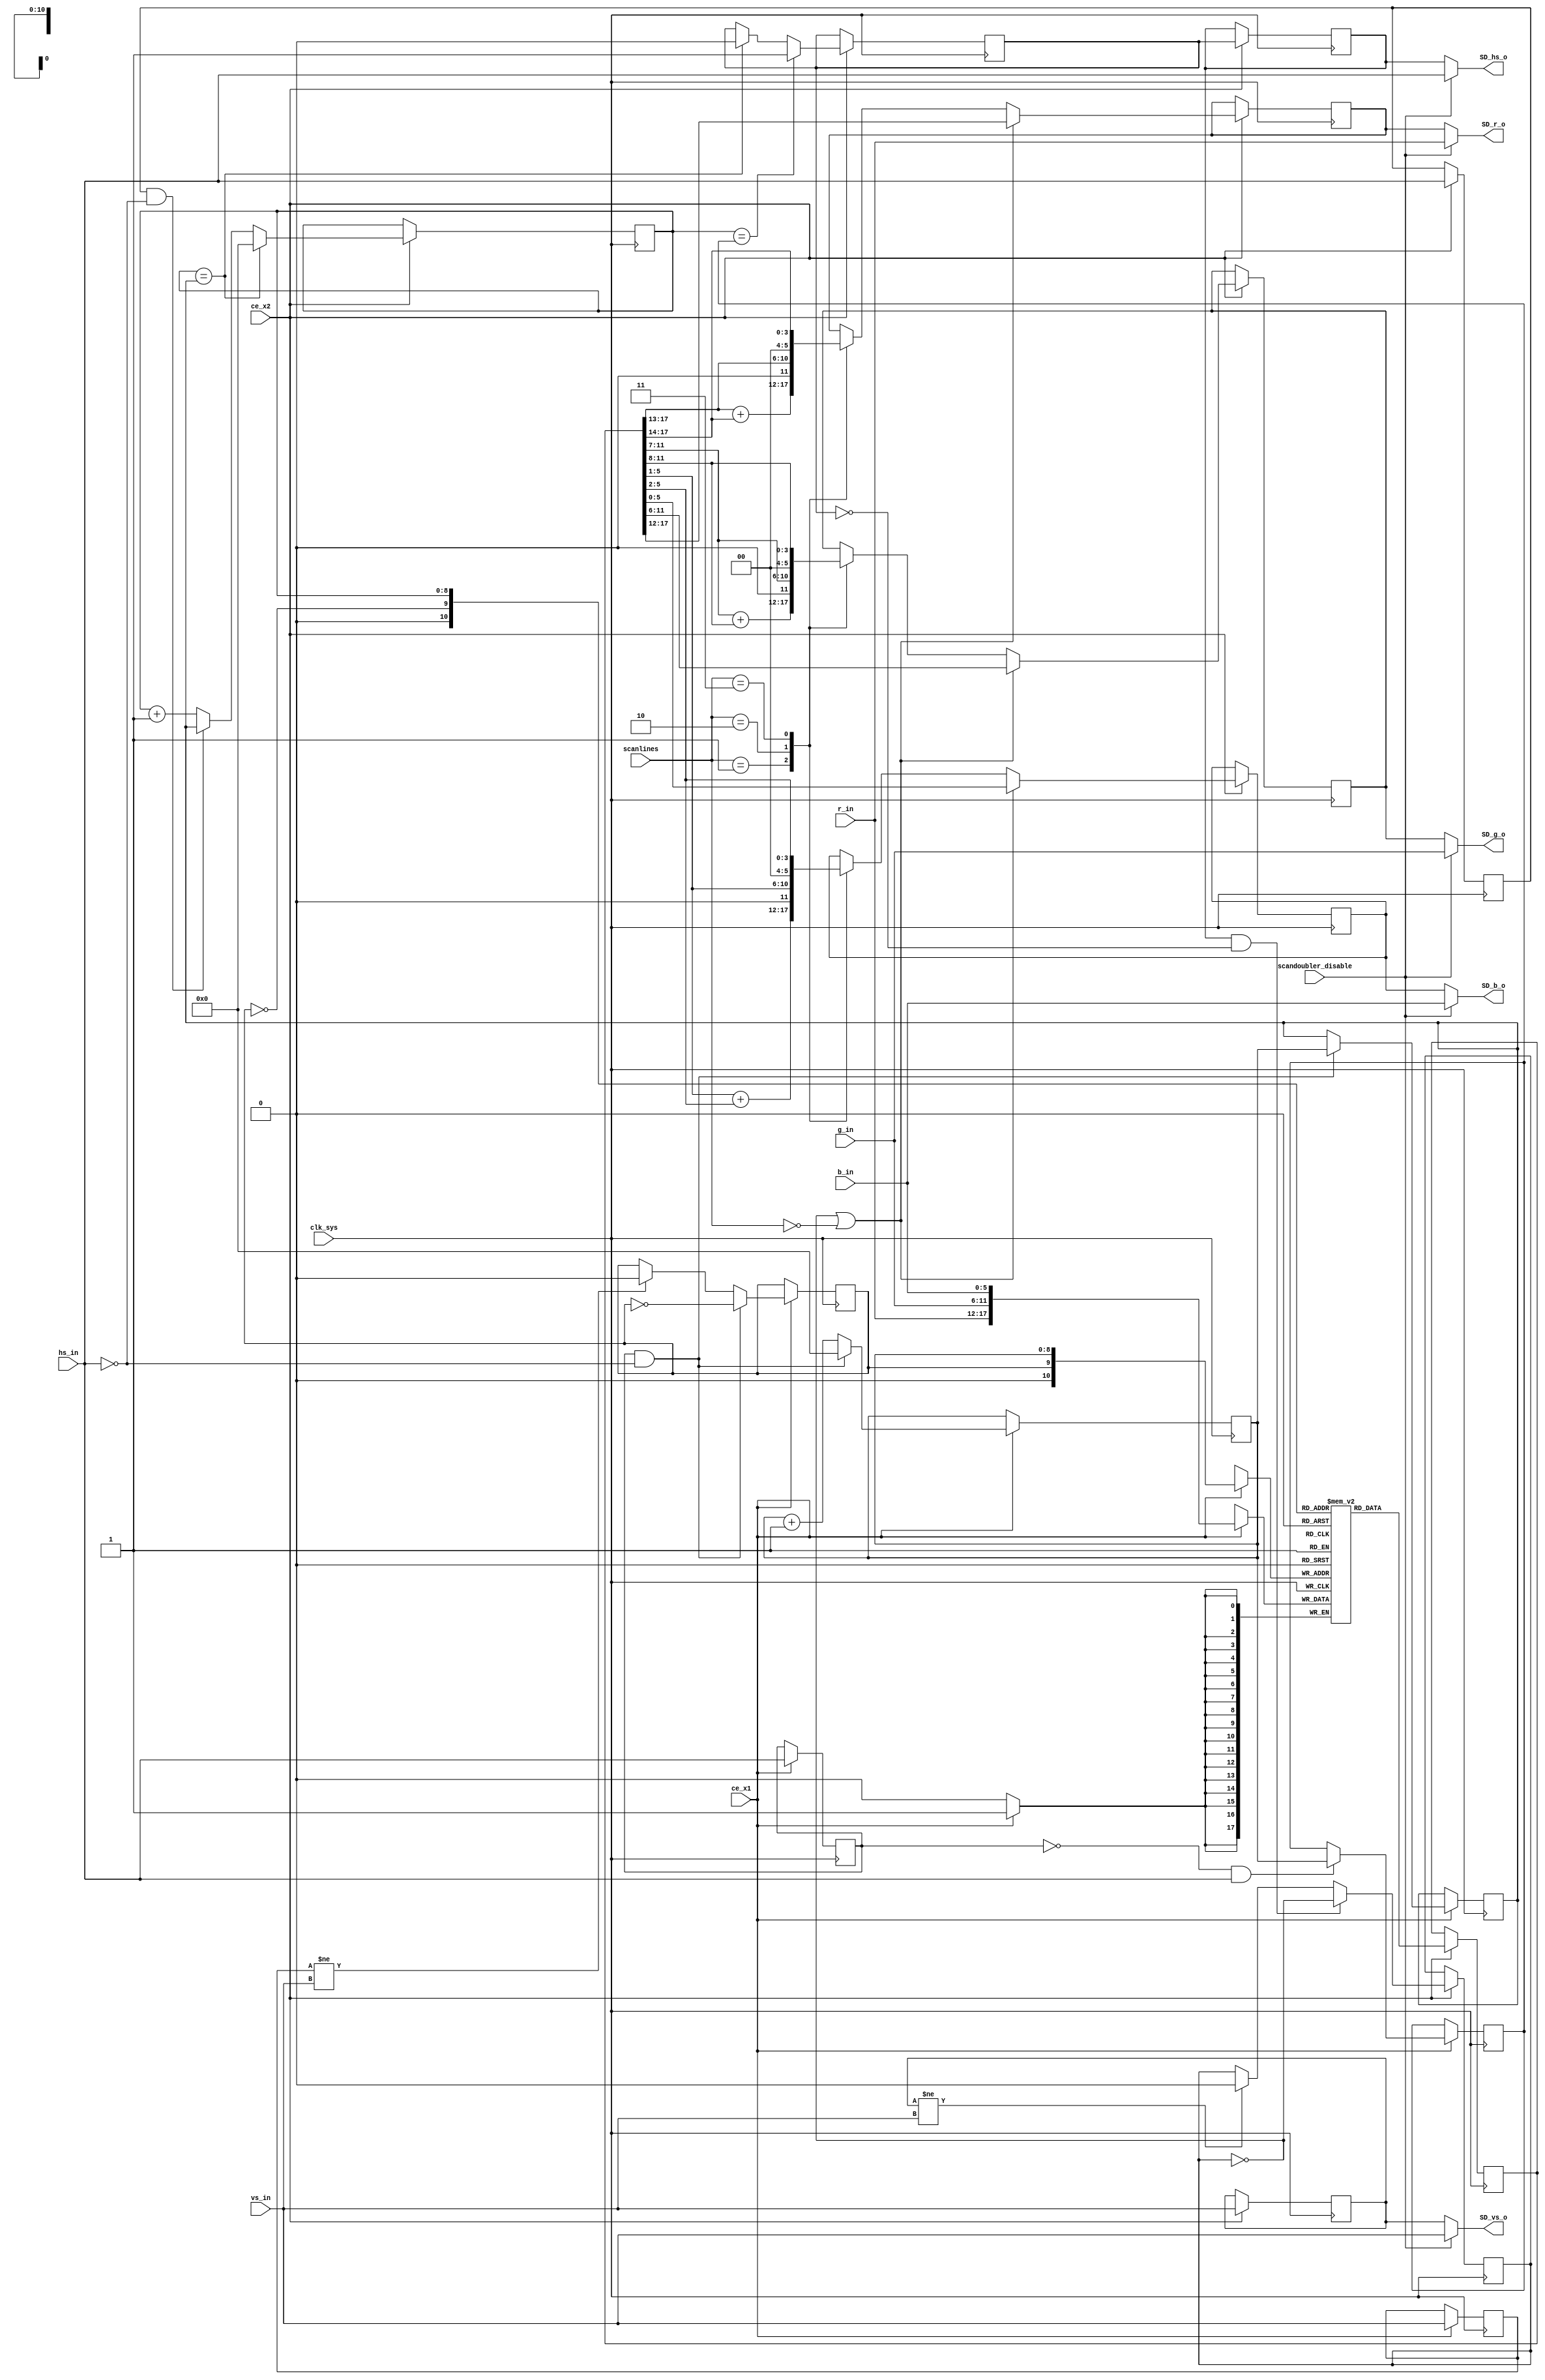
module scandoubler
(
    // system interface
    input            clk_sys,

    input            scandoubler_disable,

    // scanlines (00-none 01-25% 10-50% 11-75%)
    input      [1:0] scanlines,
    input            ce_x1,
    input            ce_x2,

    // shifter video interface
    input            hs_in,
    input            vs_in,
    input      [COLOR_DEPTH-1:0] r_in,
    input      [COLOR_DEPTH-1:0] g_in,
    input      [COLOR_DEPTH-1:0] b_in,

    // output interface
    output reg       SD_hs_o,
    output reg       SD_vs_o,
    output reg [5:0] SD_r_o,
    output reg [5:0] SD_g_o,
    output reg [5:0] SD_b_o
);

parameter HCNT_WIDTH = 9;
parameter COLOR_DEPTH = 6;


always @(*) 
begin
    if (scandoubler_disable) 
        begin

            if (COLOR_DEPTH == 6) begin
                SD_b_o = b_in[5:0];
                SD_g_o = g_in[5:0];
                SD_r_o = r_in[5:0];
            end else if (COLOR_DEPTH == 2) begin
                SD_b_o = {3{b_in[1:0]}};
                SD_g_o = {3{g_in[1:0]}};
                SD_r_o = {3{r_in[1:0]}};
            end else if (COLOR_DEPTH == 1) begin
                SD_b_o = {6{b_in[0]}};
                SD_g_o = {6{g_in[0]}};
                SD_r_o = {6{r_in[0]}};
            end else begin
                SD_b_o = { b_in[COLOR_DEPTH-1:0], b_in[COLOR_DEPTH-1 -:(6-COLOR_DEPTH)] };
                SD_g_o = { g_in[COLOR_DEPTH-1:0], g_in[COLOR_DEPTH-1 -:(6-COLOR_DEPTH)] };
                SD_r_o = { r_in[COLOR_DEPTH-1:0], r_in[COLOR_DEPTH-1 -:(6-COLOR_DEPTH)] };
            end

            SD_hs_o = hs_in;
            SD_vs_o = vs_in;
       end
   else
       begin
            SD_hs_o = hs_out;
            SD_vs_o = vs_out;
            SD_r_o = r_out;
            SD_g_o = g_out;
            SD_b_o = b_out;
       end
end



// --------------------- create output signals -----------------

reg       hs_out;
reg       vs_out;
reg [5:0] r_out;
reg [5:0] g_out;
reg [5:0] b_out;

// latch everything once more to make it glitch free and apply scanline effect
reg scanline;
reg [5:0] r;
reg [5:0] g;
reg [5:0] b;

always @(*) begin
    if (COLOR_DEPTH == 6) begin
        b = sd_out[5:0];
        g = sd_out[11:6];
        r = sd_out[17:12];
    end else if (COLOR_DEPTH == 2) begin
        b = {3{sd_out[1:0]}};
        g = {3{sd_out[3:2]}};
        r = {3{sd_out[5:4]}};
    end else if (COLOR_DEPTH == 1) begin
        b = {6{sd_out[0]}};
        g = {6{sd_out[1]}};
        r = {6{sd_out[2]}};
    end else begin
        b = { sd_out[COLOR_DEPTH-1:0], sd_out[COLOR_DEPTH-1 -:(6-COLOR_DEPTH)] };
        g = { sd_out[COLOR_DEPTH*2-1:COLOR_DEPTH], sd_out[COLOR_DEPTH*2-1 -:(6-COLOR_DEPTH)] };
        r = { sd_out[COLOR_DEPTH*3-1:COLOR_DEPTH*2], sd_out[COLOR_DEPTH*3-1 -:(6-COLOR_DEPTH)] };
    end
end

always @(posedge clk_sys) begin
    if(ce_x2) begin
        hs_out <= hs_sd;
        vs_out <= vs_in;

        // reset scanlines at every new screen
        if(vs_out != vs_in) scanline <= 0;

        // toggle scanlines at begin of every hsync
        if(hs_out && !hs_sd) scanline <= !scanline;

        // if no scanlines or not a scanline
        if(!scanline || !scanlines) begin
            r_out <= r;
            g_out <= g;
            b_out <= b;
        end else begin
            case(scanlines)
                1: begin // reduce 25% = 1/2 + 1/4
                    r_out <= {1'b0, r[5:1]} + {2'b00, r[5:2] };
                    g_out <= {1'b0, g[5:1]} + {2'b00, g[5:2] };
                    b_out <= {1'b0, b[5:1]} + {2'b00, b[5:2] };
                end

                2: begin // reduce 50% = 1/2
                    r_out <= {1'b0, r[5:1]};
                    g_out <= {1'b0, g[5:1]};
                    b_out <= {1'b0, b[5:1]};
                end

                3: begin // reduce 75% = 1/4
                    r_out <= {2'b00, r[5:2]};
                    g_out <= {2'b00, g[5:2]};
                    b_out <= {2'b00, b[5:2]};
                end
            endcase
        end
    end
end

// scan doubler output register
reg [COLOR_DEPTH*3-1:0] sd_out;

// ==================================================================
// ======================== the line buffers ========================
// ==================================================================

// 2 lines of 2**HCNT_WIDTH pixels 3*COLOR_DEPTH bit RGB
//(* ramstyle = "no_rw_check" *) reg [COLOR_DEPTH*3-1:0] sd_buffer[2*2**HCNT_WIDTH];
(* ramstyle = "no_rw_check" *) reg [COLOR_DEPTH*3-1:0] sd_buffer[2*2**HCNT_WIDTH:0];

// use alternating sd_buffers when storing/reading data   
reg        line_toggle;

// total hsync time (in 16MHz cycles), hs_total reaches 1024
reg  [HCNT_WIDTH-1:0] hs_max;
reg  [HCNT_WIDTH-1:0] hs_rise;
reg  [HCNT_WIDTH-1:0] hcnt;

always @(posedge clk_sys) begin : b1
    reg hsD, vsD;

    if(ce_x1) begin
        hsD <= hs_in;

        // falling edge of hsync indicates start of line
        if(hsD && !hs_in) begin
            hs_max <= hcnt;
            hcnt <= 0;
        end else begin
            hcnt <= hcnt + 1'd1;
        end

        // save position of rising edge
        if(!hsD && hs_in) hs_rise <= hcnt;

        vsD <= vs_in;
        if(vsD != vs_in) line_toggle <= 0;

        // begin of incoming hsync
        if(hsD && !hs_in) line_toggle <= !line_toggle;

        sd_buffer[{line_toggle, hcnt}] <= {r_in, g_in, b_in};
    end
end

// ==================================================================
// ==================== output timing generation ====================
// ==================================================================

reg  [HCNT_WIDTH-1:0] sd_hcnt;
reg        hs_sd;

// timing generation runs 32 MHz (twice the input signal analysis speed)
always @(posedge clk_sys) begin : b2
    reg hsD;

    if(ce_x2) begin
        hsD <= hs_in;

        // output counter synchronous to input and at twice the rate
        sd_hcnt <= sd_hcnt + 1'd1;
        if(hsD && !hs_in)     sd_hcnt <= hs_max;
        if(sd_hcnt == hs_max) sd_hcnt <= 0;

        // replicate horizontal sync at twice the speed
        if(sd_hcnt == hs_max)  hs_sd <= 0;
        if(sd_hcnt == hs_rise) hs_sd <= 1;

        // read data from line sd_buffer
        sd_out <= sd_buffer[{~line_toggle, sd_hcnt}];
    end
end

endmodule